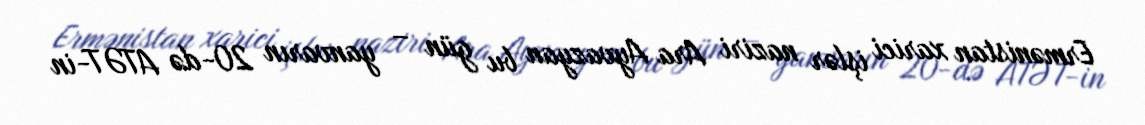
Ermənistan xarici işlər naziri Ara Ayvazyan bu gün – yanvarın 20-də ATƏT-in